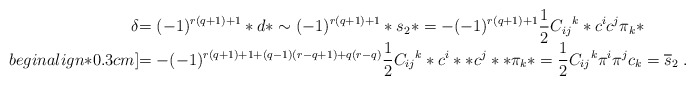
\begin{align*}\begin{array}{r@{}l}\delta&\displaystyle=(-1)^{r(q+1)+1} * d *\sim (-1)^{r(q+1)+1} * s_2 *= - (-1)^{r(q+1)+1} {1\over 2} {C_{ij}}^k * c^i c^j \pi_k *\\begin{align*}0.3cm]&\displaystyle= - (-1)^{r(q+1)+1 + (q-1)(r-q+1) + q(r-q)}{1\over 2} {C_{ij}}^k * c^i * * c^j * * \pi_k *={1\over 2} {C_{ij}}^k \pi^i \pi^j c_k = \overline{s}_2\; .\end{array}\end{align*}